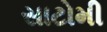
સાટોમી